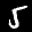
Label: 5